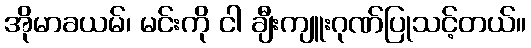
အိုမာခယမ်၊ မင်းကို ငါ ချီးကျူးဂုဏ်ပြုသင့်တယ်။